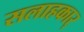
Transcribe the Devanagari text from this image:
सलाहकार्